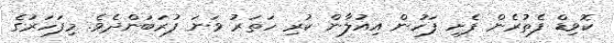
ކޮވިޑް ފެތުރެން ފެށި ފަހުން އިއުލާން ކުރި ހަތަރު ވަނަ ފުރަބަންދެވެ. މިފަހަރުގެ